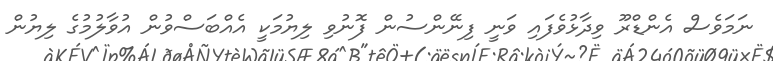
ނަމަވެސް އެންޑްރޫ ވިދާޅުވެފައި ވަނީ ފިނޭންސުން ފޮނުވި ލިޔުމަކީ އެއްބަސްވުން އުވާލުމުގެ ލިޔުން